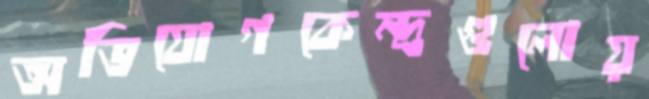
অভিযোগকেন্দ্রগুলোয়